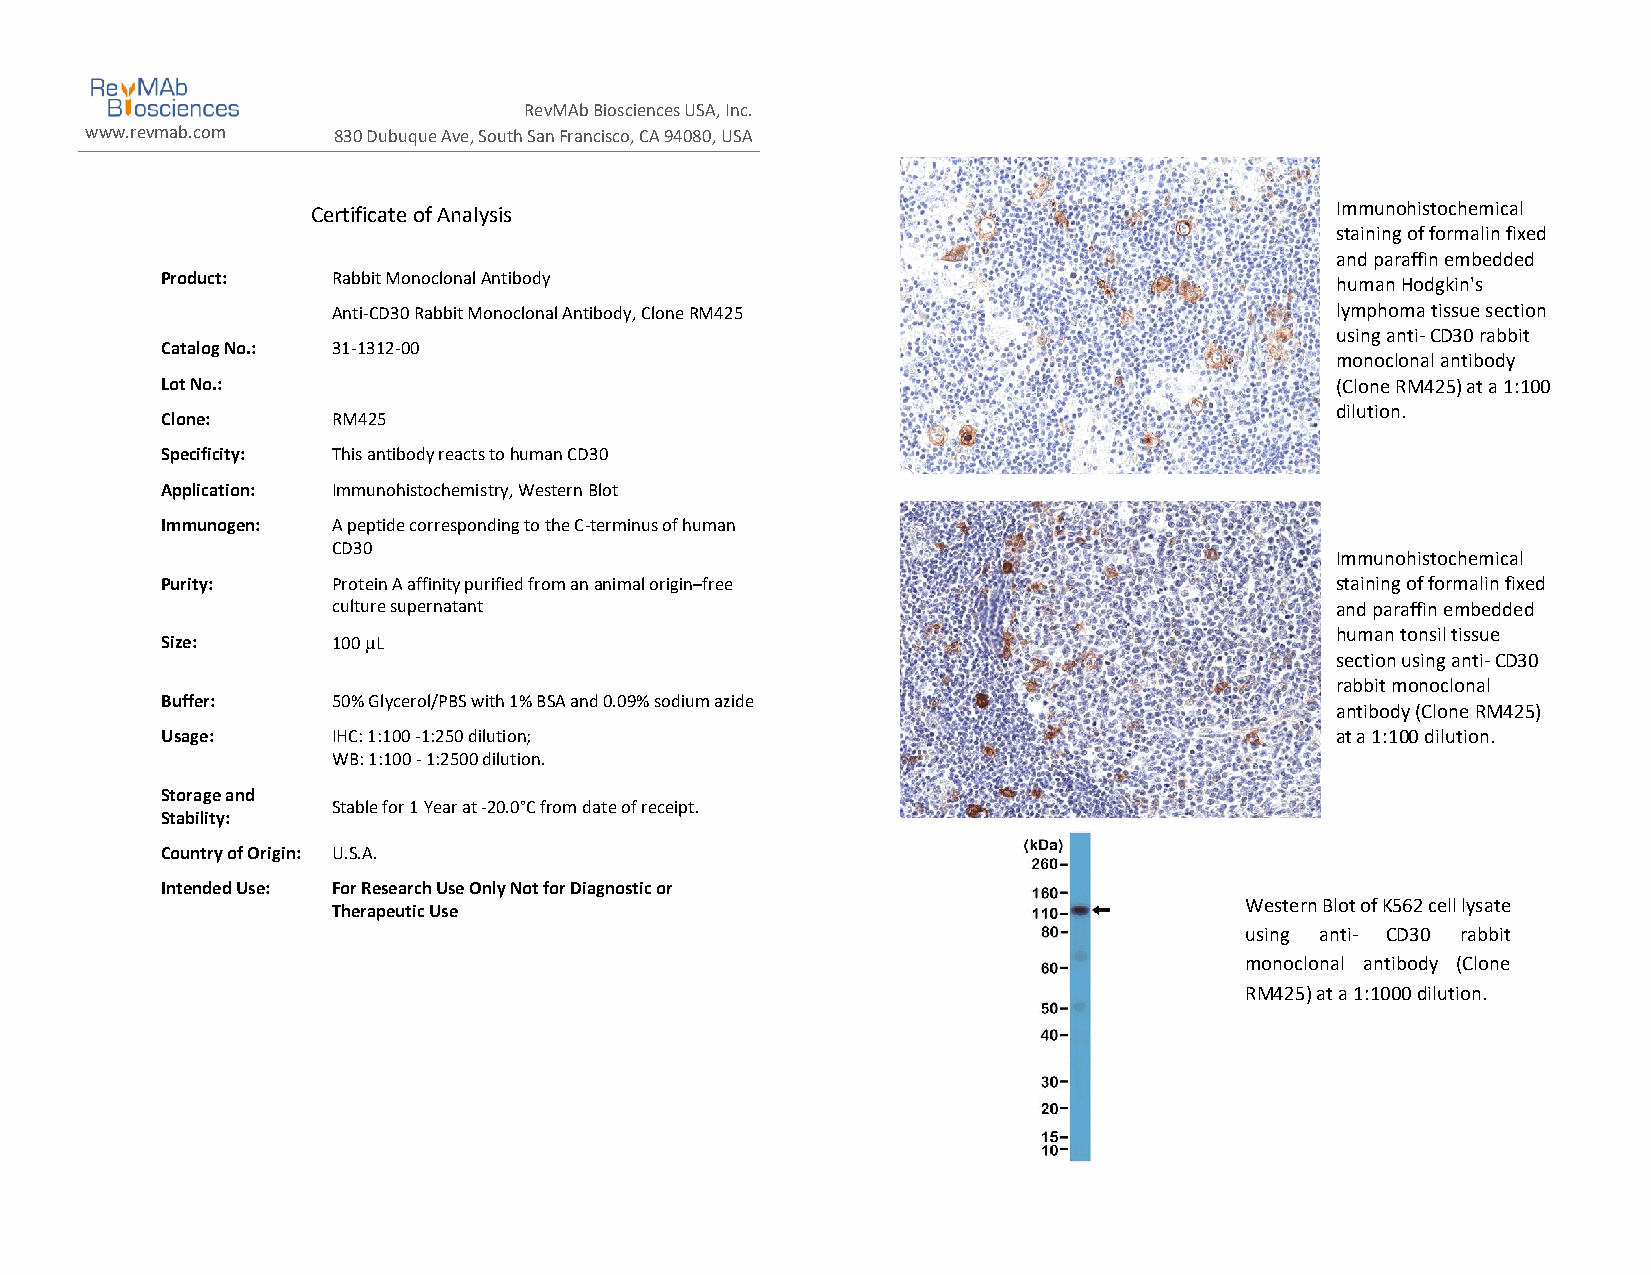
RevMAb Biosciences USA, Inc.
 www.revmab.com  830 Dubuque Ave, South San Francisco, CA 94080, USA
 Certificate of Analysis                                            Immunohistochemical
 staining of formalin fixed
 and paraffin embedded
 Product:   Rabbit Monoclonal Antibody                                        human Hodgkin's
 Anti-CD30 Rabbit Monoclonal Antibody, Clone RM425                 lymphoma tissue section
 using anti- CD30 rabbit
 Catalog No.: 31-1312-00
 monoclonal antibody
 Lot No.:                                                                     (Clone RM425) at a 1:100
 dilution.
 Clone:     RM425
 Specificity: This antibody reacts to human CD30
 Application: Immunohistochemistry, Western Blot
 Immunogen: A peptide corresponding to the C-terminus of human
 CD30
 Immunohistochemical
 Purity:    Protein A affinity purified from an animal origin–free            staining of formalin fixed
 culture supernatant                                               and paraffin embedded
 human tonsil tissue
 Size:      100 L
 section using anti- CD30
 rabbit monoclonal
 Buffer:    50% Glycerol/PBS with 1% BSA and 0.09% sodium azide
 antibody (Clone RM425)
 Usage:     IHC: 1:100 -1:250 dilution;                                       at a 1:100 dilution.
 WB: 1:100 - 1:2500 dilution.
 Storage and
 Stable for 1 Year at -20.0°C from date of receipt.
 Stability:
 Country of Origin: U.S.A.
 Intended Use: For Research Use Only Not for Diagnostic or
 Therapeutic Use
 Western Blot of K562 cell lysate
 using anti- CD30 rabbit
 monoclonal antibody (Clone
 RM425) at a 1:1000 dilution.